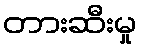
တားဆီးမှု